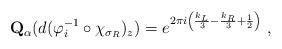
LaTeX: \begin{align*} \mathbf{Q}_\alpha (d(\varphi_i^{-1}\circ \chi_{\sigma_R})_z) = e^{2\pi i \left(\frac{k_L}{3}-\frac{k_R}{3} +\frac{1}{2} \right)} \ ,\end{align*}